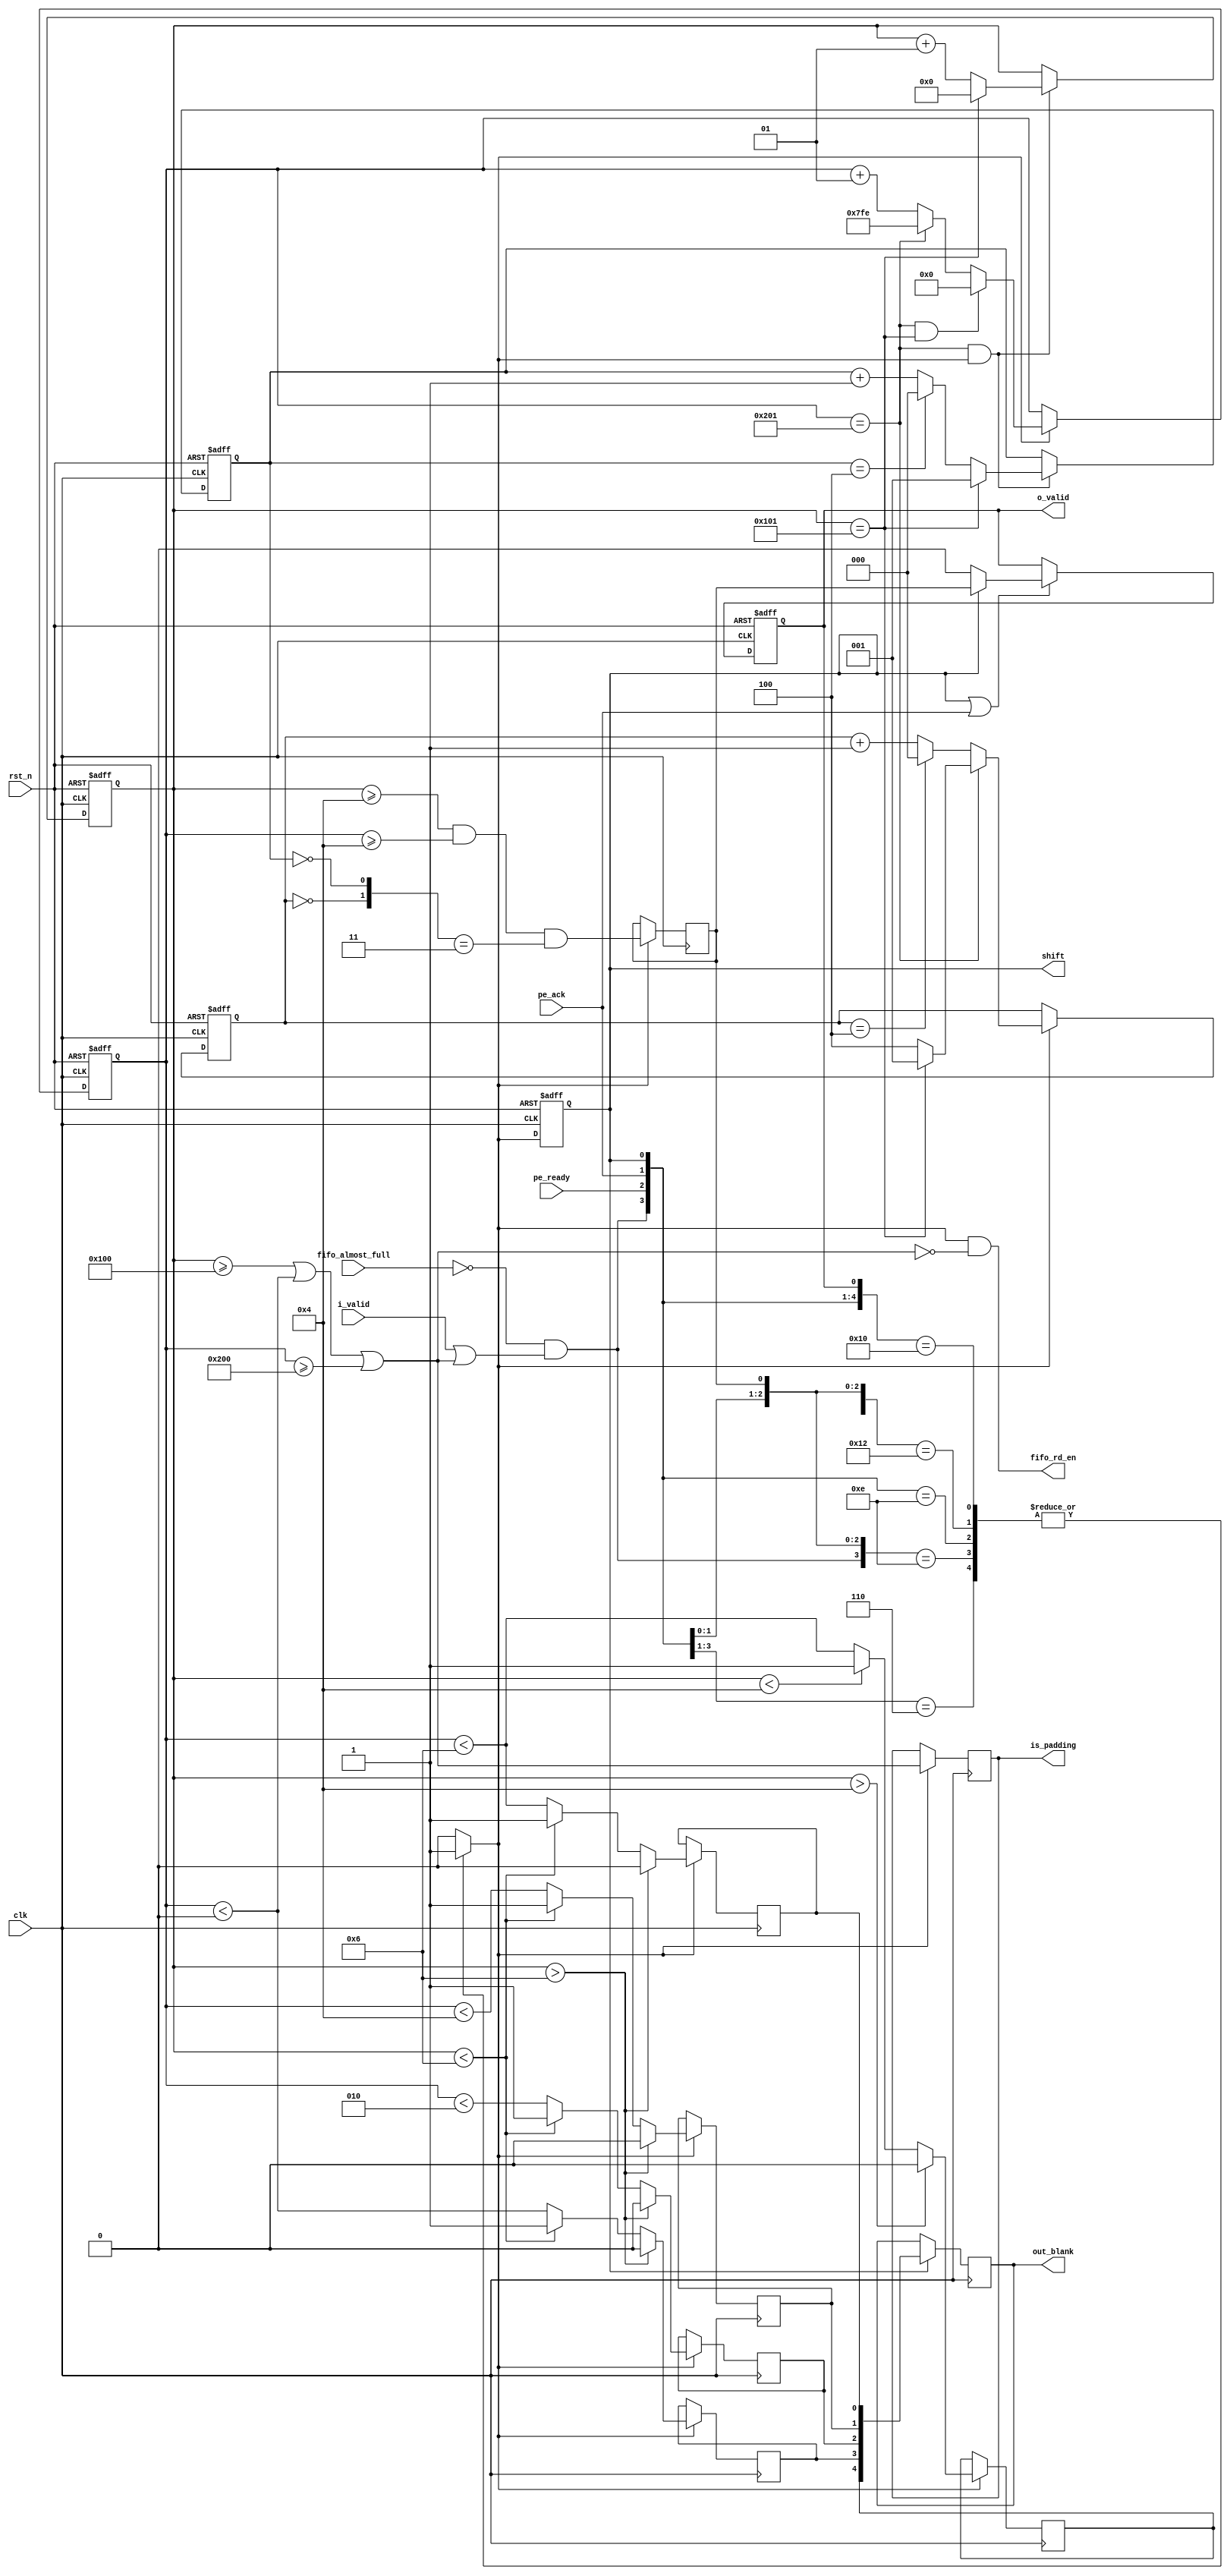
`timescale 1ns / 1ps

module line_buffer_controller #(
    // Layer parameters
    parameter DATA_WIDTH = 16,
    parameter IN_CHANNEL = 16,
    parameter IN_WIDTH   = 512,
    parameter IN_HEIGHT  = 256,

    // Conv parameters
    parameter KERNEL_0   = 4,
    parameter KERNEL_1   = 4,
    parameter DILATION_0 = 2,
    parameter DILATION_1 = 2,
    parameter PADDING_0  = 2,
    parameter PADDING_1  = 2,
    parameter STRIDE_0   = 5,
    parameter STRIDE_1   = 5
)(
    fifo_rd_en,
    o_valid,
    is_padding,
    out_blank,
    shift,
    fifo_almost_full,
    i_valid,
    pe_ready,
    pe_ack,
    clk,
    rst_n
);

    localparam PIXEL_WIDTH    = DATA_WIDTH * IN_CHANNEL;
    localparam TOTAL_WIDTH    = IN_WIDTH + PADDING_1 * 2;
    localparam WINDOW_0       = DILATION_0 * (KERNEL_0 - 1) + 1;
    localparam WINDOW_1       = DILATION_1 * (KERNEL_1 - 1) + 1;
    localparam KERNEL_PTS     = KERNEL_0 * KERNEL_1;
    localparam BLANK_PTS      = num_blank_pts(0);
    localparam BLANK_PTS_SAFE = BLANK_PTS > 0 ? BLANK_PTS : 1;

    output                          fifo_rd_en;
    output reg                      o_valid;
    output reg                      is_padding;
    output reg [BLANK_PTS_SAFE-1:0] out_blank;
    output reg                      shift;
    input                           fifo_almost_full;
    input                           i_valid;
    input                           pe_ready;
    input                           pe_ack;
    input                           clk;
    input                           rst_n;

    genvar i;
    reg get_pixel;

    // Column and row counters
    localparam COL_CNT_WIDTH = $clog2(IN_WIDTH)  + (PADDING_1 > 0 ? 2 : 1);
    localparam ROW_CNT_WIDTH = $clog2(IN_HEIGHT) + (PADDING_0 > 0 ? 2 : 1);

    reg  signed [COL_CNT_WIDTH-1:0] col_cnt;
    wire                            col_cnt_limit = col_cnt == IN_WIDTH + PADDING_1 - 1;
    wire                            col_cnt_en    = get_pixel;

    reg  signed [ROW_CNT_WIDTH-1:0] row_cnt;
    wire                            row_cnt_limit = row_cnt == IN_HEIGHT + PADDING_0 - 1;
    wire                            row_cnt_en    = col_cnt_limit & get_pixel;

    wire                            end_of_frame  = col_cnt_limit & row_cnt_limit;

    always @ (posedge clk or negedge rst_n) begin
        if (~rst_n) begin
            col_cnt <= 0;
        end
        else if (col_cnt_en) begin
            if (end_of_frame) begin
                col_cnt <= 0;
            end
            else if (col_cnt_limit) begin
                col_cnt <= -PADDING_1;
            end
            else begin
                col_cnt <= col_cnt + 1;
            end
        end
    end

    always @ (posedge clk or negedge rst_n) begin
        if (~rst_n) begin
            row_cnt <= 0;
        end
        else if (row_cnt_en) begin
            if (row_cnt_limit) begin
                row_cnt <= 0;
            end
            else begin
                row_cnt <= row_cnt + 1;
            end
        end
    end

    // Stride valid
    wire [1:0] stride_valid;

    generate
        for (i = 0; i < 2; i = i + 1) begin : gen0
            localparam STRIDE = i == 0 ? STRIDE_0 : STRIDE_1;

            if (STRIDE > 1) begin : gen1
                localparam PADDING      =  i == 0 ? PADDING_0 : PADDING_1;
                localparam START_IDX    = (i == 0 ? WINDOW_0 : WINDOW_1) - PADDING - 1;
                localparam FRAME_LENGTH =  i == 0 ? IN_HEIGHT : IN_WIDTH;
                localparam RESET_VAL    = (-START_IDX + FRAME_LENGTH * STRIDE) % STRIDE;

                reg  [$clog2(STRIDE)-1:0] stride_cnt;
                wire [$clog2(STRIDE)-1:0] soft_reset;

                wire stride_cnt_en          = i == 0 ? row_cnt_en : col_cnt_en;
                wire stride_cnt_limit_big   = i == 0 ? row_cnt_limit : col_cnt_limit;
                wire stride_cnt_limit_small = stride_cnt == STRIDE - 1;

                if (i == 0) begin : gen2
                    assign soft_reset = RESET_VAL;
                end
                else begin : gen3
                    localparam SOFT_RESET_VAL = (-PADDING - START_IDX + FRAME_LENGTH * STRIDE) % STRIDE;
                    assign soft_reset = row_cnt_limit ? RESET_VAL : SOFT_RESET_VAL;
                end

                always @ (posedge clk or negedge rst_n) begin
                    if (~rst_n) begin
                        stride_cnt <= RESET_VAL;
                    end
                    else if (stride_cnt_en) begin
                        if (stride_cnt_limit_big) begin
                            stride_cnt <= soft_reset;
                        end
                        else if (stride_cnt_limit_small) begin
                            stride_cnt <= 0;
                        end
                        else begin
                            stride_cnt <= stride_cnt + 1;
                        end
                    end
                end

                assign stride_valid[i] = stride_cnt == 0;
            end
            else begin : gen4
                assign stride_valid[i] = 1'b1;
            end
        end
    endgenerate

    // Index valid
    wire idx_valid = row_cnt >= WINDOW_0 - PADDING_0 - 1 && col_cnt >= WINDOW_1 - PADDING_1 - 1 && stride_valid == 2'b11;

    // Index valid previous
    reg idx_valid_prev;

    always @ (posedge clk) begin
        if (get_pixel) begin
            idx_valid_prev <= idx_valid;
        end
    end

    // Index padding
    wire idx_padding;

    generate
        if (PADDING_0 == 0 && PADDING_1 == 0) begin : gen5
            assign idx_padding = 1'b0;
        end
        else if (PADDING_0 == 0 && PADDING_1 > 0) begin : gen6
            assign idx_padding = col_cnt < 0 || col_cnt >= IN_WIDTH;
        end
        else if (PADDING_0 > 0 && PADDING_1 == 0) begin : gen7
            assign idx_padding = row_cnt >= IN_HEIGHT;
        end
        else begin : gen8
            assign idx_padding = row_cnt >= IN_HEIGHT || col_cnt < 0 || col_cnt >= IN_WIDTH;
        end
    endgenerate

    // is_padding
    generate
        if (PADDING_0 > 0 || PADDING_1 > 0) begin : gen9
            always @ (posedge clk) begin
                if (get_pixel) begin
                    is_padding <= idx_padding;
                end
            end
        end
        else begin : gen10
            always @ (*) is_padding <= 1'b0;
        end
    endgenerate

    // out_blank
    generate
        // If there are blanking points
        if (BLANK_PTS > 0) begin : gen11
            reg [BLANK_PTS-1:0] blank;

            for (i = 0; i < BLANK_PTS; i = i + 1) begin : gen12
                localparam ROW_IDX = i / KERNEL_1 * DILATION_0;
                localparam COL_IDX = i % KERNEL_1 * DILATION_1;
                localparam ROW_TARGET = WINDOW_0 - ROW_IDX - 1;
                localparam COL_TARGET = WINDOW_1 - COL_IDX - 1;

                always @ (posedge clk) begin
                    if (get_pixel) begin
                        if (row_cnt > ROW_TARGET) begin
                            blank[i] <= 1'b0;
                        end
                        else if (row_cnt < ROW_TARGET) begin
                            blank[i] <= 1'b1;
                        end
                        else begin
                            blank[i] <= col_cnt < COL_TARGET;
                        end
                    end
                end
            end

            always @ (posedge clk) begin
                if (shift) begin
                    out_blank <= blank;
                end
            end
        end

        // If there's no blanking points
        else begin : gen13
            always @ (*) out_blank <= 0;
        end
    endgenerate

    // shift
    always @ (posedge clk or negedge rst_n) begin
        if (~rst_n) begin
            shift <= 1'b0;
        end
        else begin
            shift <= get_pixel;
        end
    end

    // o_valid
    always @ (posedge clk or negedge rst_n) begin
        if (~rst_n) begin
            o_valid <= 1'b0;
        end
        else if (shift | pe_ack) begin
            o_valid <= shift ? idx_valid_prev : 1'b0;
        end
    end

    // fifo_rd_en
    assign fifo_rd_en = get_pixel & ~idx_padding;

    // get_pixel
    wire ready = ~fifo_almost_full & (i_valid | idx_padding);

    always @ (ready or pe_ready or pe_ack or shift or idx_valid_prev or o_valid) begin
        casex ({ready, pe_ready, pe_ack, shift, idx_valid_prev, o_valid})
            6'b0xxxxx : get_pixel <= 1'b0;
            6'b110xxx : get_pixel <= 1'b1;
            6'b1x111x : get_pixel <= 1'b0;
            6'b1x110x : get_pixel <= 1'b1;
            6'b1110xx : get_pixel <= 1'b1;
            6'b10010x : get_pixel <= 1'b1;
            6'b10011x : get_pixel <= 1'b0;
            6'b1000x0 : get_pixel <= 1'b1;
            6'b1000x1 : get_pixel <= 1'b0;
            default   : get_pixel <= 1'b0;
        endcase
    end

    //////////////////////////////////////////////////////////////////////////////

    function integer num_blank_pts;
        input integer dummy;
        begin
            if (WINDOW_0 <= PADDING_0) begin
                num_blank_pts = KERNEL_PTS;
            end
            else begin
                // Top points
                if (PADDING_0 == 0) begin
                    num_blank_pts = 0;
                end
                else begin
                    num_blank_pts = KERNEL_1 * ((PADDING_0 - 1) / DILATION_0 + 1);
                end

                // Side points
                if (PADDING_1 > 0 && PADDING_0 % DILATION_0 == 0) begin
                    if (WINDOW_1 <= PADDING_1) begin
                        num_blank_pts = num_blank_pts + KERNEL_1;
                    end
                    else begin
                        num_blank_pts = num_blank_pts + (PADDING_1 - 1) / DILATION_1 + 1;
                    end
                end
            end
        end
    endfunction

endmodule